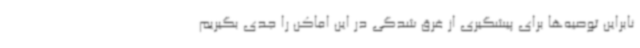
نابراین توصیه‌ها برای پیشگیری از غرق ‌شدگی در این اماکن را جدی بگیریم